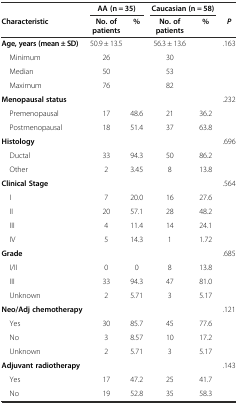
|  | <COLSPAN=2> AA (n = 35) | <COLSPAN=2> Caucasian (n = 58) |  |
 | Characteristic | No. of patients | % | No. of patients | % | P |
 | --- | --- | --- | --- | --- | --- |
 | Age, years (mean ± SD) | 50.9 ± 13.5 |  | 56.3 ± 13.6 |  | .163 |
 | Minimum | 26 |  | 30 |  |  |
 | Median | 50 |  | 53 |  |  |
 | Maximum | 76 |  | 82 |  |  |
 | Menopausal status |  |  |  |  | .232 |
 | Premenopausal | 17 | 48.6 | 21 | 36.2 |  |
 | Postmenopausal | 18 | 51.4 | 37 | 63.8 |  |
 | Histology |  |  |  |  | .696 |
 | Ductal | 33 | 94.3 | 50 | 86.2 |  |
 | Other | 2 | 3.45 | 8 | 13.8 |  |
 | Clinical Stage |  |  |  |  | .564 |
 | I | 7 | 20.0 | 16 | 27.6 |  |
 | II | 20 | 57.1 | 28 | 48.2 |  |
 | III | 4 | 11.4 | 14 | 24.1 |  |
 | IV | 5 | 14.3 | 1 | 1.72 |  |
 | Grade |  |  |  |  | .685 |
 | I/II | 0 | 0 | 8 | 13.8 |  |
 | III | 33 | 94.3 | 47 | 81.0 |  |
 | Unknown | 2 | 5.71 | 3 | 5.17 |  |
 | Neo/Adj chemotherapy |  |  |  |  | .121 |
 | Yes | 30 | 85.7 | 45 | 77.6 |  |
 | No | 3 | 8.57 | 10 | 17.2 |  |
 | Unknown | 2 | 5.71 | 3 | 5.17 |  |
 | Adjuvant radiotherapy |  |  |  |  | .143 |
 | Yes | 17 | 47.2 | 25 | 41.7 |  |
 | No | 19 | 52.8 | 35 | 58.3 |  |